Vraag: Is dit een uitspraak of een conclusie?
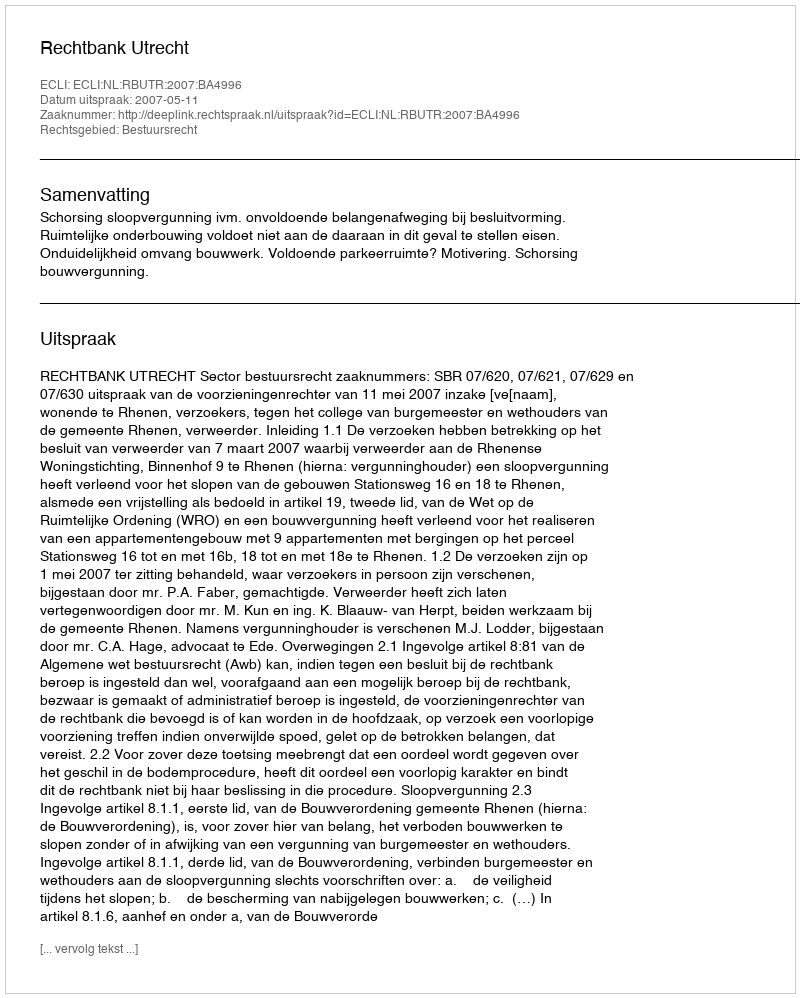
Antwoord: Uitspraak